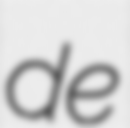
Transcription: de